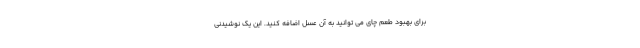
برای بهبود طعم چای می توانید به آن عسل اضافه کنید. این یک نوشیدنی